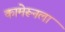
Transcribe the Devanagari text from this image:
कामेरूनला